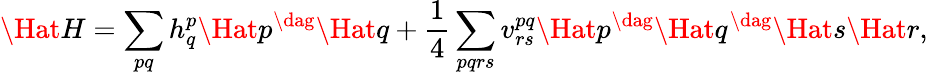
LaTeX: \Hat{H}=\sum_{pq}h_{q}^{p}\Hat{p}^{\dag}\Hat{q}+\frac{1}{4}\sum_{pqrs}v_{rs}^{pq}\Hat{p}^{\dag}\Hat{q}^{\dag}\Hat{s}\Hat{r},